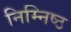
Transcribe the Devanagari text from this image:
निम्निष्ठ